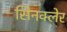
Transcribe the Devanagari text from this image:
सिनक्लेर